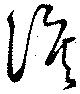
涙